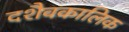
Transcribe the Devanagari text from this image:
दशैवकालिक